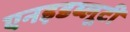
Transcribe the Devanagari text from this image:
एनइडब्लूटी